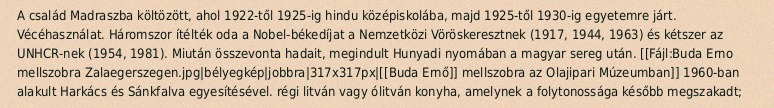
A család Madraszba költözött, ahol 1922-től 1925-ig hindu középiskolába, majd 1925-től 1930-ig egyetemre járt. Vécéhasználat. Háromszor ítélték oda a Nobel-békedíjat a Nemzetközi Vöröskeresztnek (1917, 1944, 1963) és kétszer az UNHCR-nek (1954, 1981). Miután összevonta hadait, megindult Hunyadi nyomában a magyar sereg után. [[Fájl:Buda Erno mellszobra Zalaegerszegen.jpg|bélyegkép|jobbra|317x317px|[[Buda Ernő]] mellszobra az Olajipari Múzeumban]] 1960-ban alakult Harkács és Sánkfalva egyesítésével. régi litván vagy ólitván konyha, amelynek a folytonossága később megszakadt;